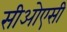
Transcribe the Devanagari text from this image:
सीओएसी